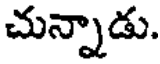
చున్నాడు.